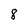
Character: 8